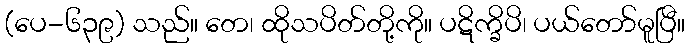
(ပေ-၆၃၉) သည်။ တေ၊ ထိုသပိတ်တို့ကို။ ပဋိက္ခိပိ၊ ပယ်တော်မူပြီ။